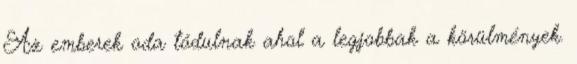
Az emberek oda tódulnak ahol a legjobbak a körülmények.